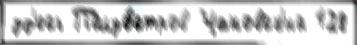
зд'есь Полуо́стров Чановск'ий 128